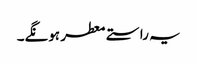
یہ راستے معطر ہونگے۔